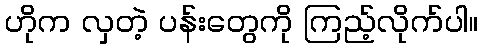
ဟိုက လှတဲ့ ပန်းတွေကို ကြည့်လိုက်ပါ။